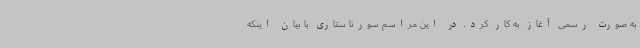
به صورت رسمی آغاز به کار کرد. در این مراسم سورنا ستاری با بیان اینکه